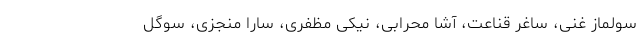
سولماز غنی، ساغر قناعت، آشا‌ محرابی، نیکی مظفری، سارا منجزی، سوگل